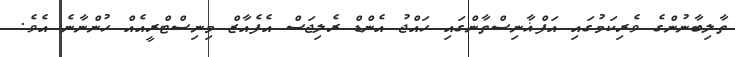
ތާލިބާނުންގެ ވެރިކަމުގައި އަފްޣާނިސްތާންގައި ހައްޖު އެންޑް ރެލިޖަސް އެފެއާޒް މިނިސްޓްރީއެއް ހުންނާނެ އެވެ.